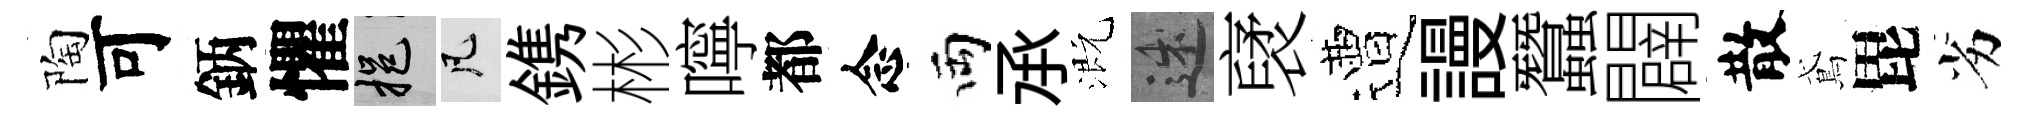
陶可鈵懼挹凡鎸彬嚀都念両𠄘溉述裦遭謾蠶闢散鳶毘劣